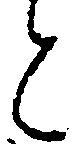
と